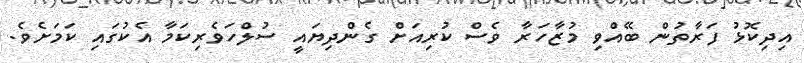
އިދިކޮޅު ފަރާތުން ބޭއްވި މުޒާހަރާ ވެސް ކުރިއަށް ގެންދިޔައީ ސުލްހަވެރިކަމާ އެކުގައި ކަމަށެވެ.